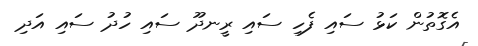
އެގޮތުން ކަޅު ސައި ފެހި ސައި ރީނދޫ ސައި ހުދު ސައި އަދި